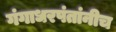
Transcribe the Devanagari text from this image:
गंगाधरपंतांनीच